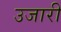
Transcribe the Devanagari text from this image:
उजारी